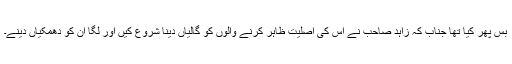
بس پھر کیا تھا جناب کہ زاہد صاحب نے اس کی اصلیت ظاہر کرنے والوں کو گالیاں دینا شروع کیں اور لگا ان کو دھمکیاں دینے۔